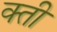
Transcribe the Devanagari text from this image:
क्ती